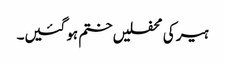
ہیر کی محفلیں ختم ہو گئیں۔